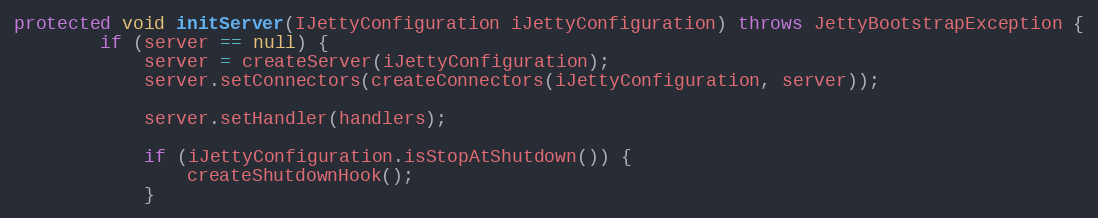
Language: Java
protected void initServer(IJettyConfiguration iJettyConfiguration) throws JettyBootstrapException {
        if (server == null) {
            server = createServer(iJettyConfiguration);
            server.setConnectors(createConnectors(iJettyConfiguration, server));

            server.setHandler(handlers);

            if (iJettyConfiguration.isStopAtShutdown()) {
                createShutdownHook();
            }